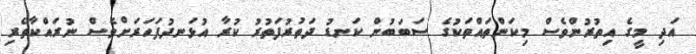
އަދި މީގެ އިތުރުންވެސް މިކަންތައްތަކުގެ ސަބަބުން ކަނޑު ދަތުރުފަތުރު ކުރާ އުޅަނދުފަހަރަށްވެސް ނުރައްކާތެރި